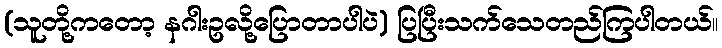
(သူတို့ကတော့ နဂါးဥလို့ပြောတာပါပဲ) ပြပြီးသက်သေတည်ကြပါတယ်။